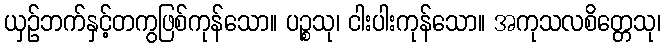
ယှဉ်ဘက်နှင့်တကွဖြစ်ကုန်သော။ ပဉ္စသု၊ ငါးပါးကုန်သော။ အကုသလစိတ္တေသု၊